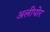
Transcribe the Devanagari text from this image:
अलीपोर